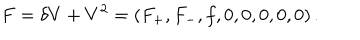
F = \delta V + V ^ { 2 } = \left( F _ { + } , F _ { - } , f , 0 , 0 , 0 , 0 , 0 \right) .